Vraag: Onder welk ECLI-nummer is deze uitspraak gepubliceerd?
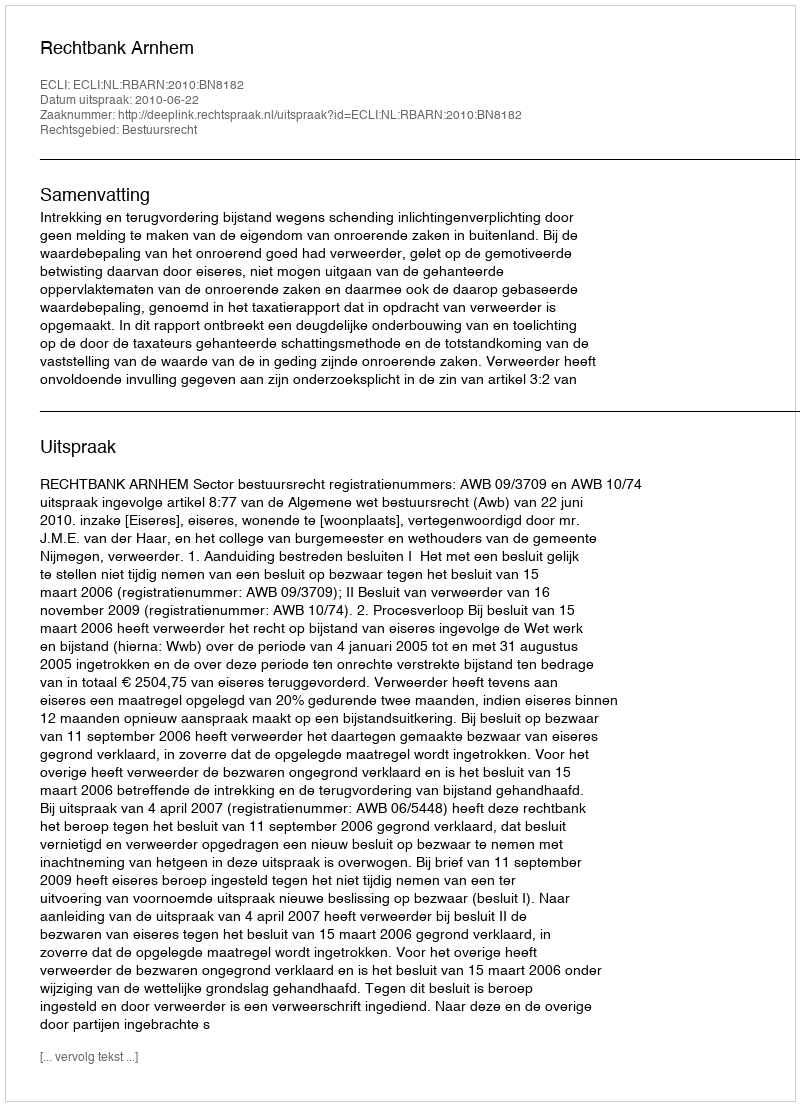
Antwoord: ECLI:NL:RBARN:2010:BN8182